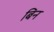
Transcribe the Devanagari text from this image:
बिन